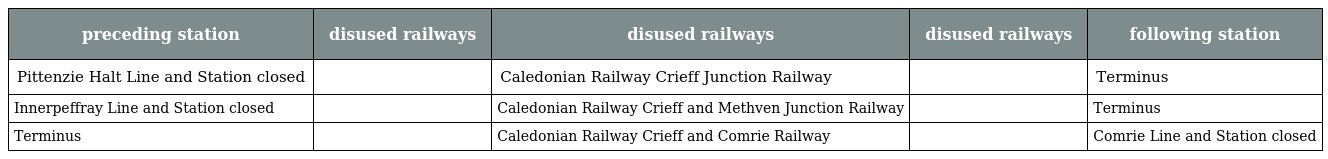
| preceding station | disused railways | disused railways | disused railways | following station |
 | --- | --- | --- | --- | --- |
 | Pittenzie Halt Line and Station closed |  | Caledonian Railway Crieff Junction Railway |  | Terminus |
 | Innerpeffray Line and Station closed |  | Caledonian Railway Crieff and Methven Junction Railway |  | Terminus |
 | Terminus |  | Caledonian Railway Crieff and Comrie Railway |  | Comrie Line and Station closed |